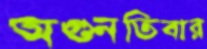
অগুনতিবার